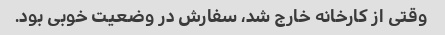
وقتی از کارخانه خارج شد، سفارش در وضعیت خوبی بود.